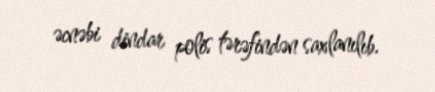
əcnəbi dindar polis tərəfindən saxlanılıb.